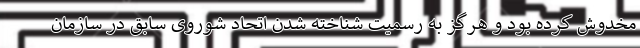
مخدوش کرده بود و هرگز به رسمیت شناخته شدن اتحاد شوروی سابق در سازمان